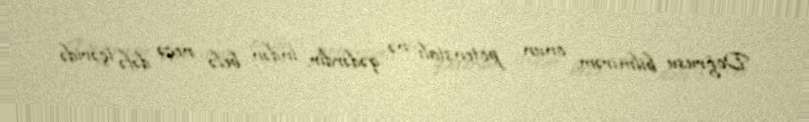
Doğrusu bilmirəm onun potensialı nə qədərdir, indən belə neçə dəfə içəridə